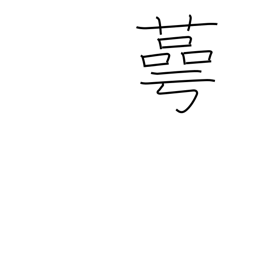
Meaning: cup